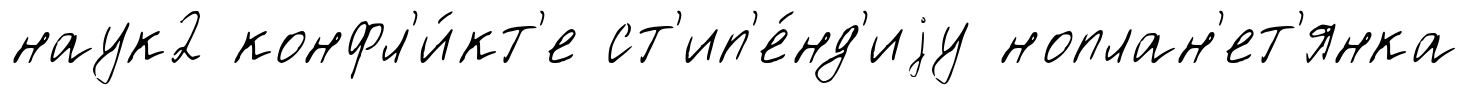
наук2 конфл'и́кт'е ст'ип'е́нд'иjу ноплан'ет'янка